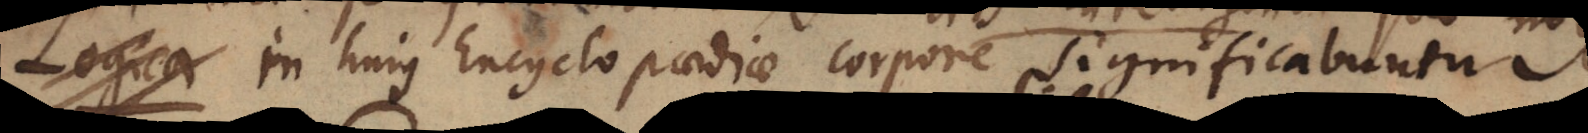
Logica in hujus Encyclopaediae corpore significabuntur